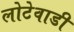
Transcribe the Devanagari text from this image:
लोटेवाडी